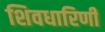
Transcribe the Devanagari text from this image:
शिवधारिणी